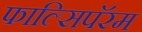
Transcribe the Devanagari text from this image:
फाल्सिपॅरम